Vaccination in the Punjab 1919-1929 - 1919-1929
Year: 1919
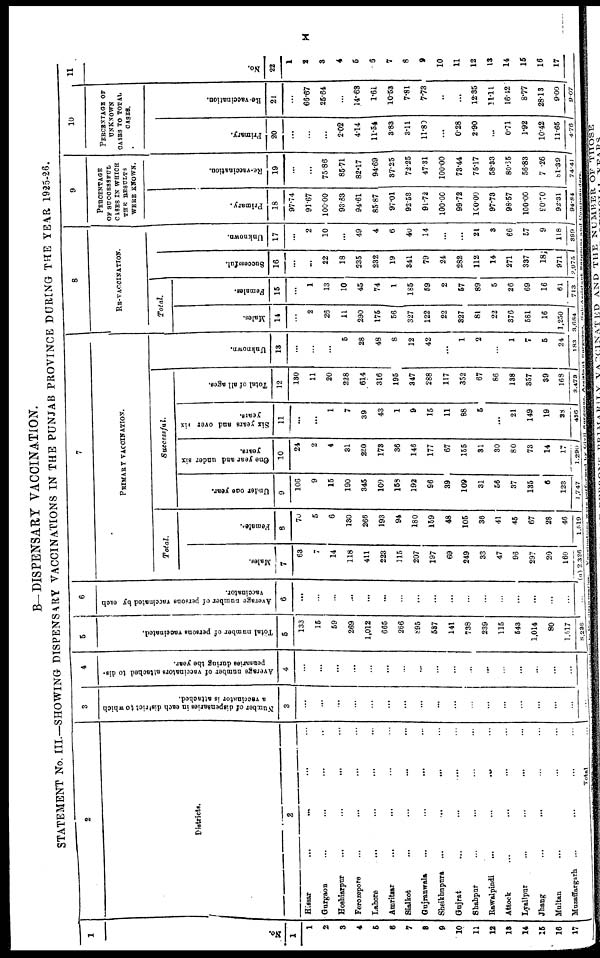
x
B— DISPENSARY VACCINATION.
STATEMENT No. III.—SHOWING DISPENSARY VACCINATIONS IN THE PUNJAB PROVINCE DURING THE YEAR 1925-26.
1
No.
1
1
2
3
4
6
6
7
8
9
10
11
12
18
14
15
18
17
2
Districts.
2
Hissar ... ... ... ...
Gurgaon ... ... ... ...
Hoshiarpur ... ... ... ...
Ferozepore ... ... ... ...
Lahore ... ... ... ...
Amritiar ... ... ... ...
Sialkot
...
...
...
...
Gujranwala
...
...
...
...
Sheikhupura ... ... ... ...
Gujrat
...
...
... ...
Shahpur ... ... ... ...
Rawalpindi
...
...
... ...
Attock ... ... ... ...
Lyallpur ... ... ... ...
Jhang ... ... ... ...
Multan ... ... ... ...
Muzaffargarh ... ... ... ...
Total ...
3
N umber of dispensaries in each district to which
a vaccinator is attached.
3
...
...
...
...
...
...
...
...
...
...
...
...
...
...
...
...
...
...
4
Average number of vaccinators attached to dis-
pensaries daring the year.
4
...
...
...
...
...
...
...
...
...
...
...
...
...
...
...
...
...
...
5
Total number of persons vaccinated.
5
133
15
59
269
1,012
665
266
895
537
141
738
239
115
543
1,014
80
1,617
8,238
6
Average Number of persons vaccinated by each
vaccinator.
6
...
...
...
...
...
...
...
...
...
...
...
...
...
...
...
...
...
...
7
PRIMARY VACCINATION.
Total.
Males.
7
63
7
14
118
411
223
115
207
197
69
249
33
47
96
297
20
160
(a) 2.326
Females.
8
70
5
6
130
266
193
94
180
159
48
105
36
41
45
67
28
46
1,519
Successful.
Under one year.
9
106
9
15
190
345
100
158
192
96
39
109
31
56
37
135
6
123
1,747
One year and under six
years.
10
24
2
4
31
230
173
36
146
177
67
155
31
30
80
73
14
17
1,290
Six years and over six
years.
11
...
...
1
7
39
43
1
9
15
11
88
5
...
21
149
19
28
436
Total of all ages.
12
130
11
20
228
614
316
195
347
288
117
352
67
86
138
357
39
168
3,473
Unknown.
13
...
...
...
5
28
48
8
12
42
...
1
2
...
1
7
5
24
183
8
RE-VACCINATION.
Total.
Males.
14
...
2
26
11
290
175
56
327
122
22
327
81
22
376
581
16
1,250
3,684
Females.
15
...
1
13
10
45
74
1
185
59
2
57
89
5
26
69
16
61
713
Successful.
16
...
...
22
18
235
232
19
341
79
24
282
112
14
271
337
18
971
2,975
Unknown.
17
...
2
10
...
49
4
6
40
14
...
...
21
3
66
57
9
118
399
9
PERCENTAGE
OF SUCCESSFUL
CASES IN WHICH
THE RESULTS
WERE KNOWN.
Primary.
18
97.74
91.67
100.00
93.83
94.61
85.87
97.01
92.53
91.72
100.00
99.72
100.00
97.73
98.57
100.00
90.70
92.31
94.84
Re-vaccination.
19
...
...
75.86
85.71
82.17
94.69
37.25
72.25
47.31
100.00
73.44
75.17
58.33
80.65
56.83
7.26
81.39
74.41
10
PERCENTAGE OF
UNKNOWN
CASES TO TOTAL
CASES.
Primary.
20
...
...
...
2.02
4.14
11.54
3.83
3.11
11.80
...
0.28
2.90
...
0.71
1.92
10.42
11.65
4.76
Re-vaccination.
21
...
66.67
25.64
...
14.63
1.61
10.53
7.81
7.73
...
...
12.35
11.11
16.42
8.77
28.13
9.00
9.07
11
No.
22
1
2
3
4
5
6
7
8
9
10
11
12
13
14
15
16
17
Vaccinations were performed by Civil Surgeon, Assistant Surgeon, Sub-Assistant Surgeon and Compounders.